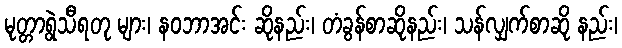
မုတ္တာရွဲသီရတု များ၊ နဝဘာအင်း ဆိုနည်း၊ တံခွန်စာဆိုနည်း၊ သန်လျှက်စာဆို နည်း၊